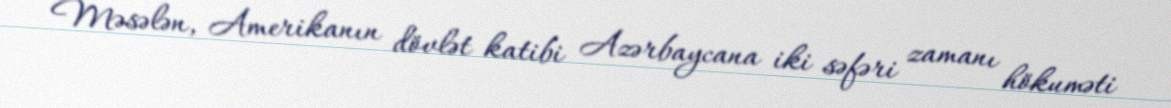
Məsələn, Amerikanın dövlət katibi Azərbaycana iki səfəri zamanı hökuməti